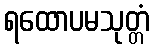
ရထောပမသုတ္တံ